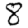
Digit: 8